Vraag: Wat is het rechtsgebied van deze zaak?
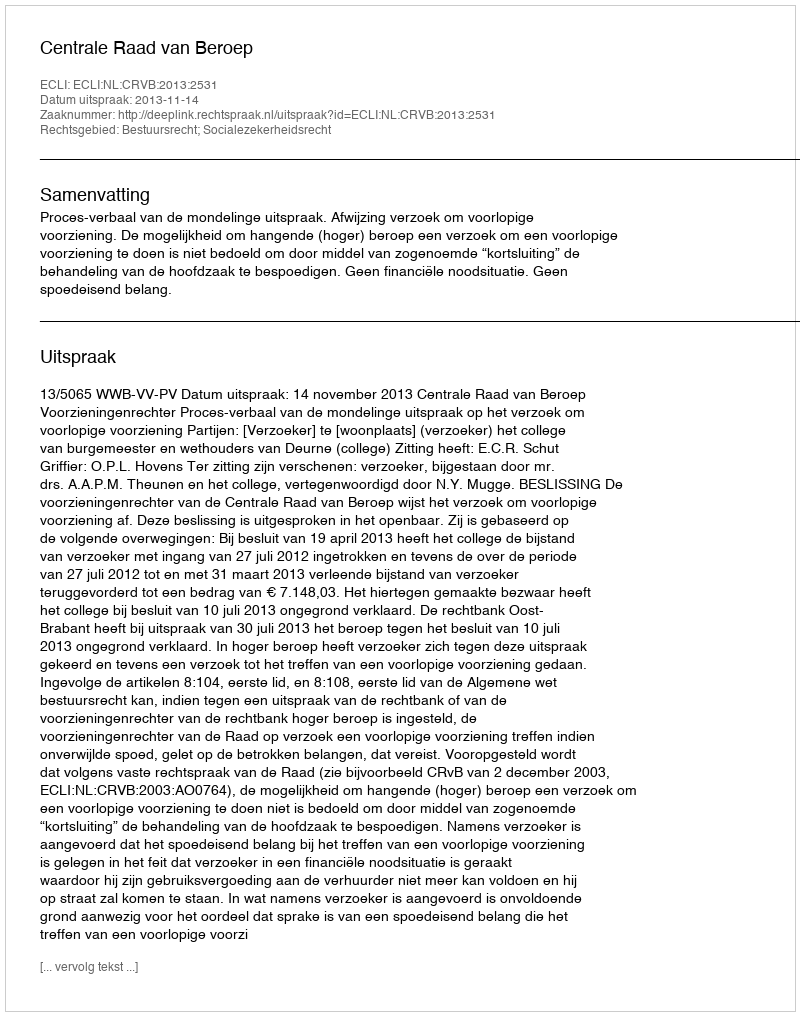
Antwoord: Bestuursrecht; Socialezekerheidsrecht